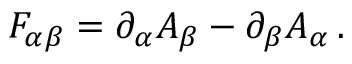
F _ { \alpha \beta } = \partial _ { \alpha } A _ { \beta } - \partial _ { \beta } A _ { \alpha } \, .